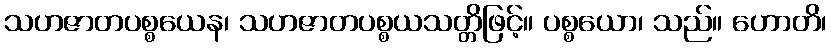
သဟဇာတပစ္စယေန၊ သဟဇာတပစ္စယသတ္တိဖြင့်။ ပစ္စယော၊ သည်။ ဟောတိ၊